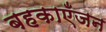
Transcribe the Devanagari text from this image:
बहकाएँजन